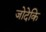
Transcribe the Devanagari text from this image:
जोदेकि